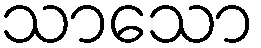
သာသော